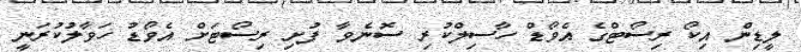
ލީޑިން އިކޯ ރިސޯޓްގެ އެވޯޑް ހާސިލްކުރި ސޮނެވާ ފުށި ރިސޯޓަށް އެވޯޑު ހަވާލުކުރަނީ